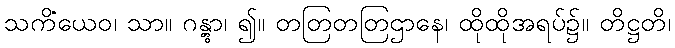
သကိံယေဝ၊ သာ။ ဂန္တွာ၊ ၍။ တတြတတြဌာနေ၊ ထိုထိုအရပ်၌။ တိဋ္ဌတိ၊